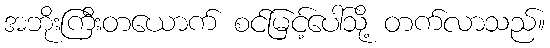
အဘိုးကြီးတယောက် စင်မြင့်ပေါ်သို့ တက်လာသည်။